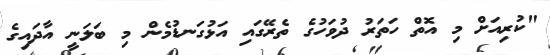
"ކުރިއަށް މި އޮތް ހަތަރު ދުވަހުގެ ތެރޭގައި އަޅުގަނޑުމެން މި ބަލަނީ އާދައިގެ